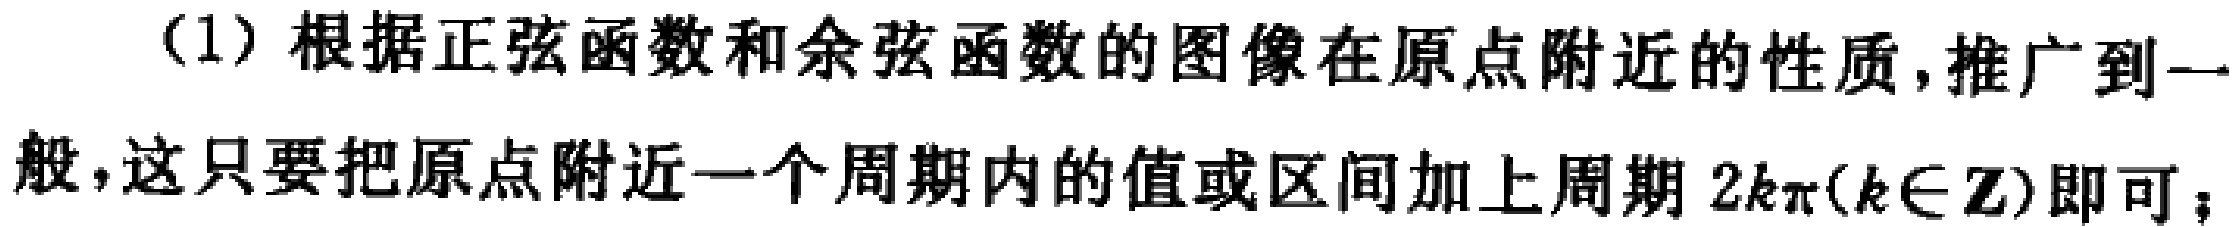
(1) 根据正弦函数和余弦函数的图像在原点附近的性质,推广到一

般,这只要把原点附近一个周期内的值或区间加上周期 \(2k\pi(k\in\mathbb{Z})\)即可；